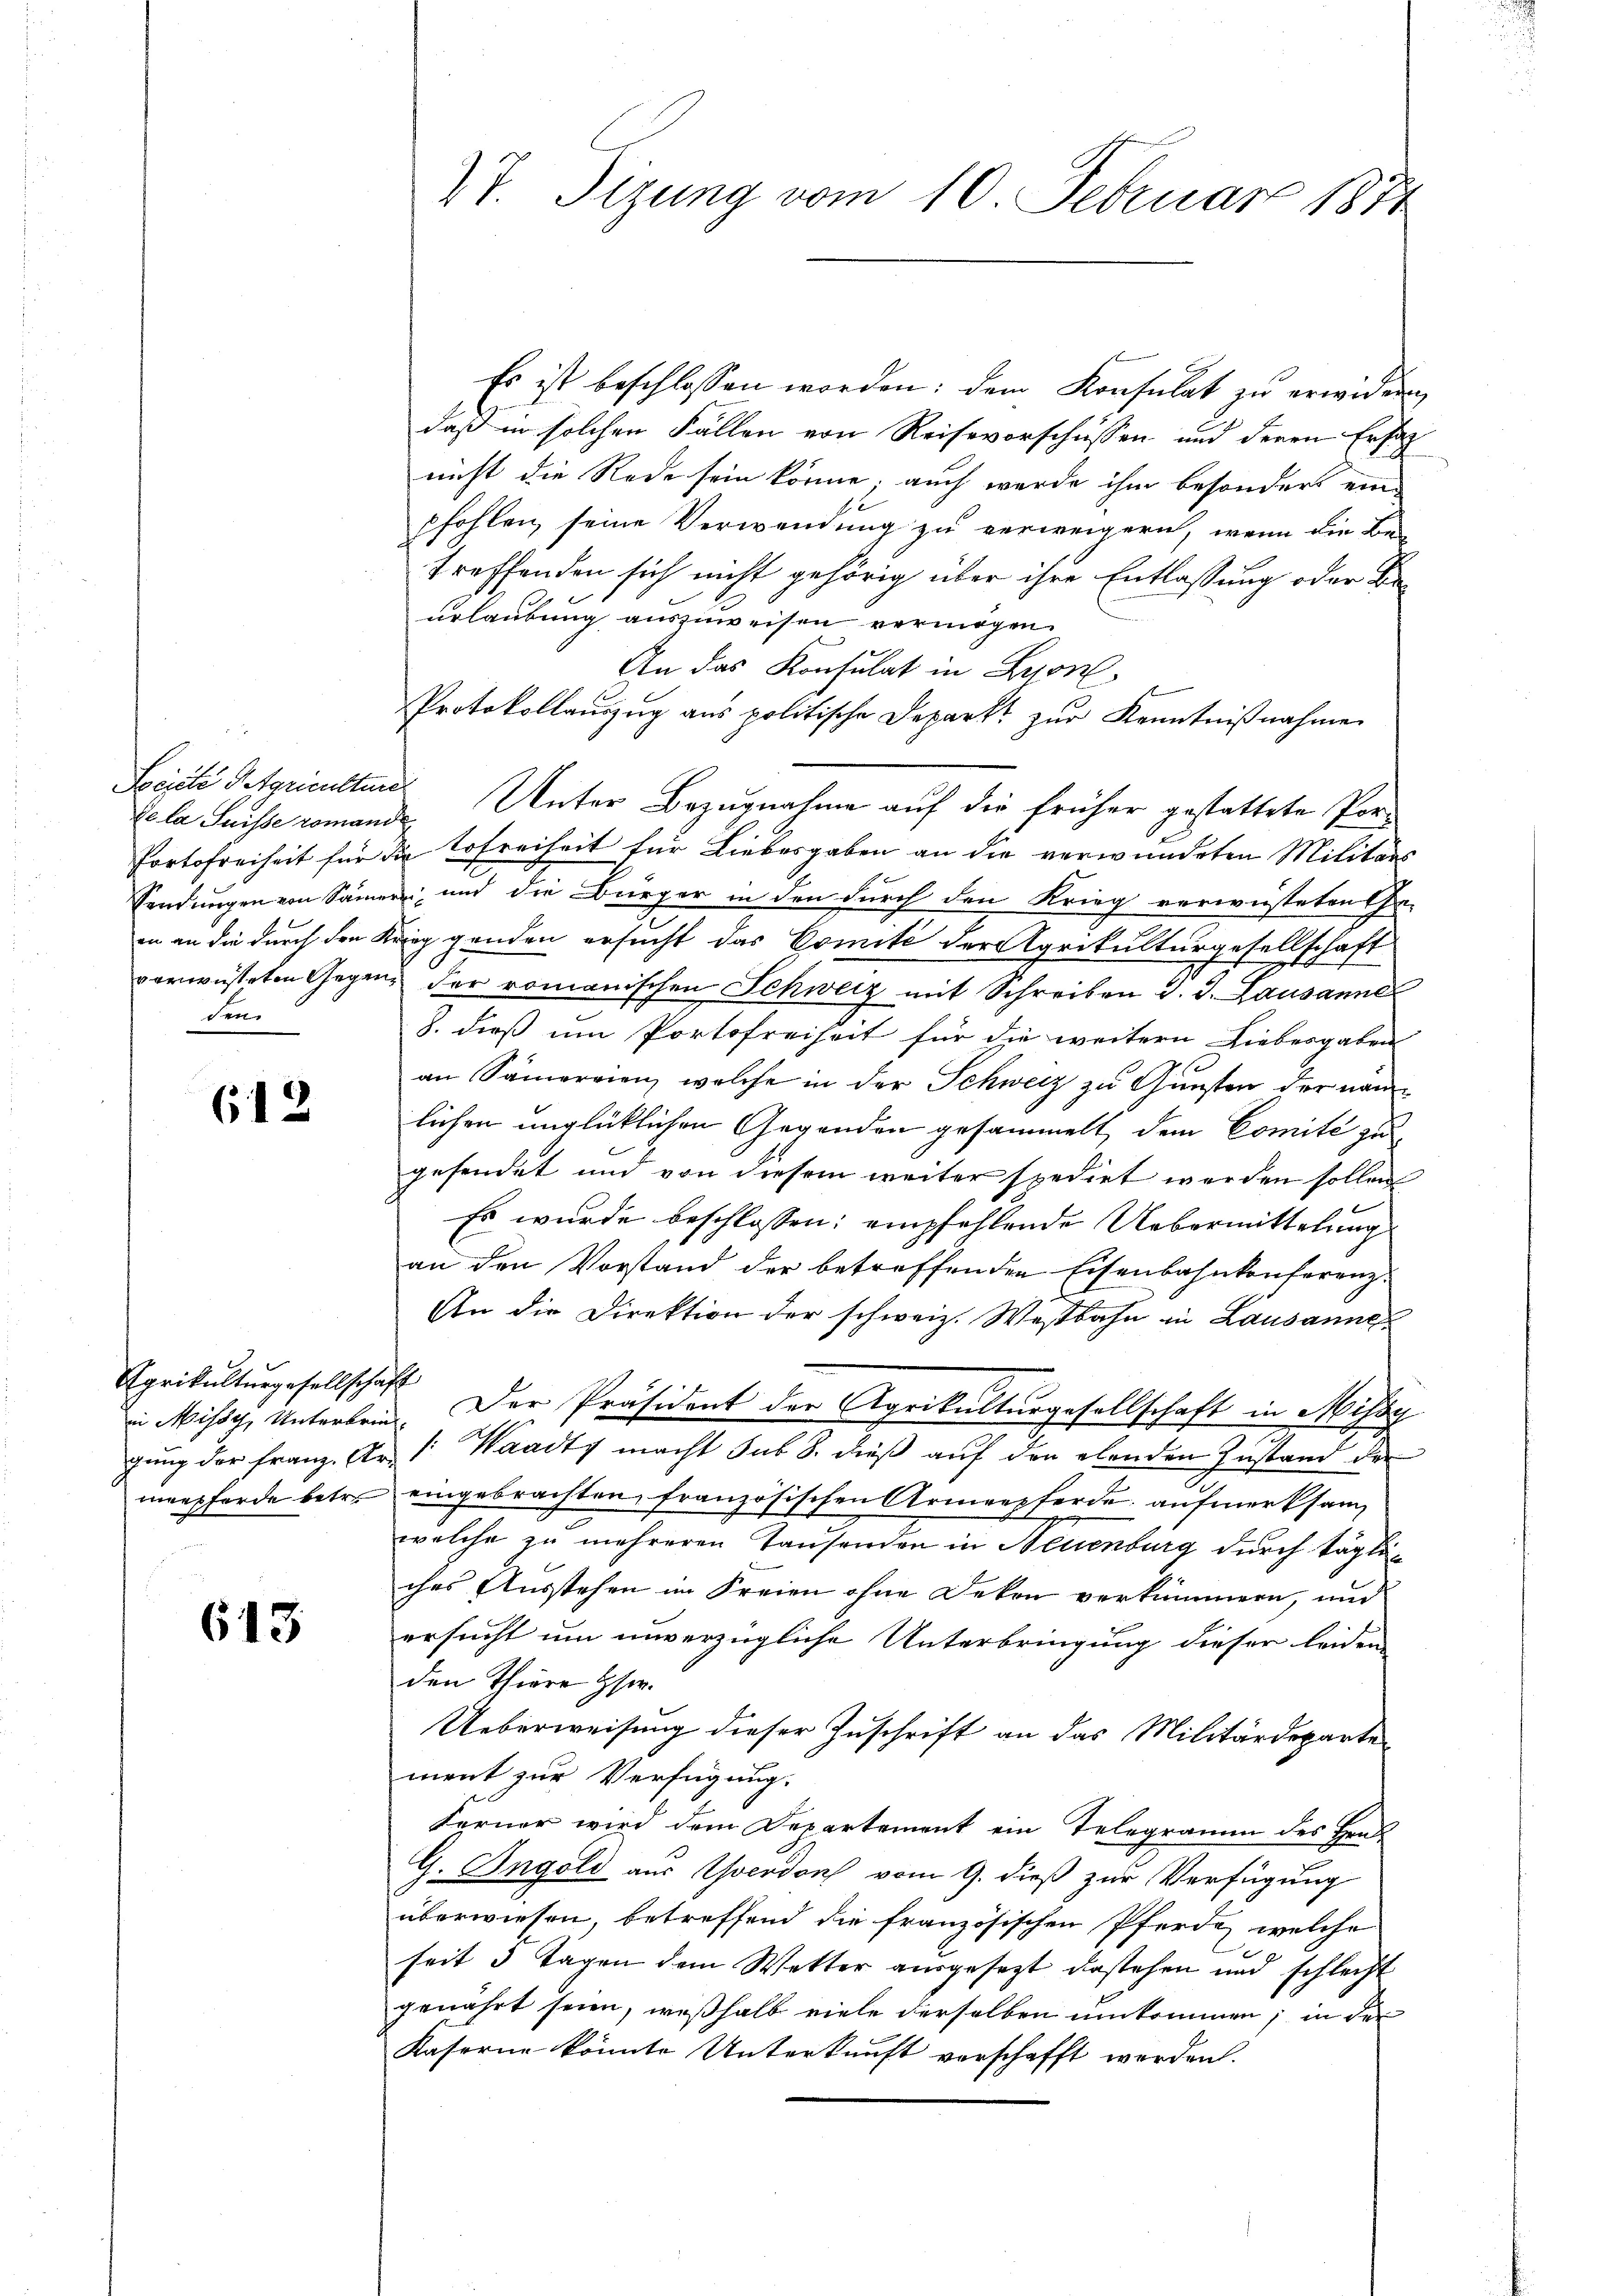
Se la Suisse romande
den.

612

Agrikulturgesellschaft

613

Es ist beschlossen worden: dem Konsulat zu erwidern
daß in solchen Fällen von Reisevorschüssen und deren Erfah
nicht die Rede sein könne; auch wurde ihm besonders einpfohlen, seine Verwendung zu verweigern, wenn die Be-
treffenden sich nicht gehörig über ihre Entlassung oder Beurlaubung auszuweisen vermögen.
An das Konsulat in Lyon
Protokollauszug aus politische Deparkt zŭr Kenntniβnahme
Sociali Stricultures Unter Bezugnahme auf die früher gestattete Por¬
Portofreiheit für die Hofreiheit für Liebesgaben an die verwundeten Militärs
Sendungen von Samer und die Bürger in den durch den Krieg verwüsteten Ge-
in an die durch den Krieg genden ersucht das Comité der Agrikulturgesellschaft
verwüsteten Gegen der romanischen Schweiz mit Schreiben J. J. Lausanne
8. dieß um Portofreiheit für die weitern Liebesgaben
an Sämereien, welche in der Schweiz zu Gunsten der nämlichen unglücklichen Gegenden gesammelt, dem Comité zu
gesendet und von diesem weiter spedirt werden sollen
Es wurde beschlossen: empfehlende Uebermittelung
an den Vorstand der betreffenden Eisenbahnkonferenz¬
An die Direktion der schweiz. Westbahn in Lausanne
 Missg, Unterlein. Der Präsident der Agrikulturgesellschaft in Missg
d
gŭng der franz. Er /: Waadt macht sub 8. dieβ aŭf den elenden Instand der
mapferde betr. eingebrachten, französischen Armenpferde aufmerksam
welche zu mehreren Tausenden in Neuenburg durch tägliches Ausstehen im Freien ohne Deken verkümmern, und
ersucht um unverzügliche Unterbringung dieser leiden
den Thiere Eser.
Ueberweisung dieser Zuschrift an das Militärdepartement zur Verfügung.
Ferner wird dem Departement ein Telegramm des Hrad
G. Ingold aus Yverdons vom 9. dieß zur Verfügung
überwiesen, betreffend die französischen Pferde, welche
seit 3 Tagen dem Wetter ausgesezt dastehen und schlecht
genährt seien, weßhalb viele derselben umkommen; in der
Kaserne könnte Unterkunft verschafft werden.

27. Sizung vom 10. Februar 1871